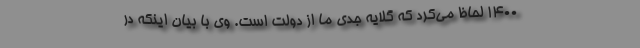
۱۴۰۰ لحاظ می‌کرد که گلایه جدی ما از دولت است. وی با بیان اینکه در